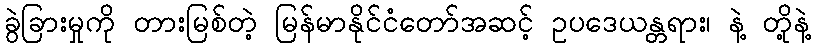
ခွဲခြားမှုကို တားမြစ်တဲ့ မြန်မာနိုင်ငံတော်အဆင့် ဥပဒေယန္တရား၊ နဲ့ တို့နဲ့